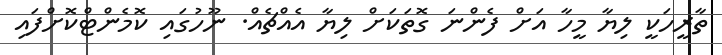
ތާރީހަކީ ލިޔާ މީހާ އަށް ފެންނަ ގޮތަކަށް ލިޔާ އެއްޗެއް. ނޫހުގައި ކޮމެންޓްކޮށްފައި